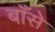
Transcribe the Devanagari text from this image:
बाँसे